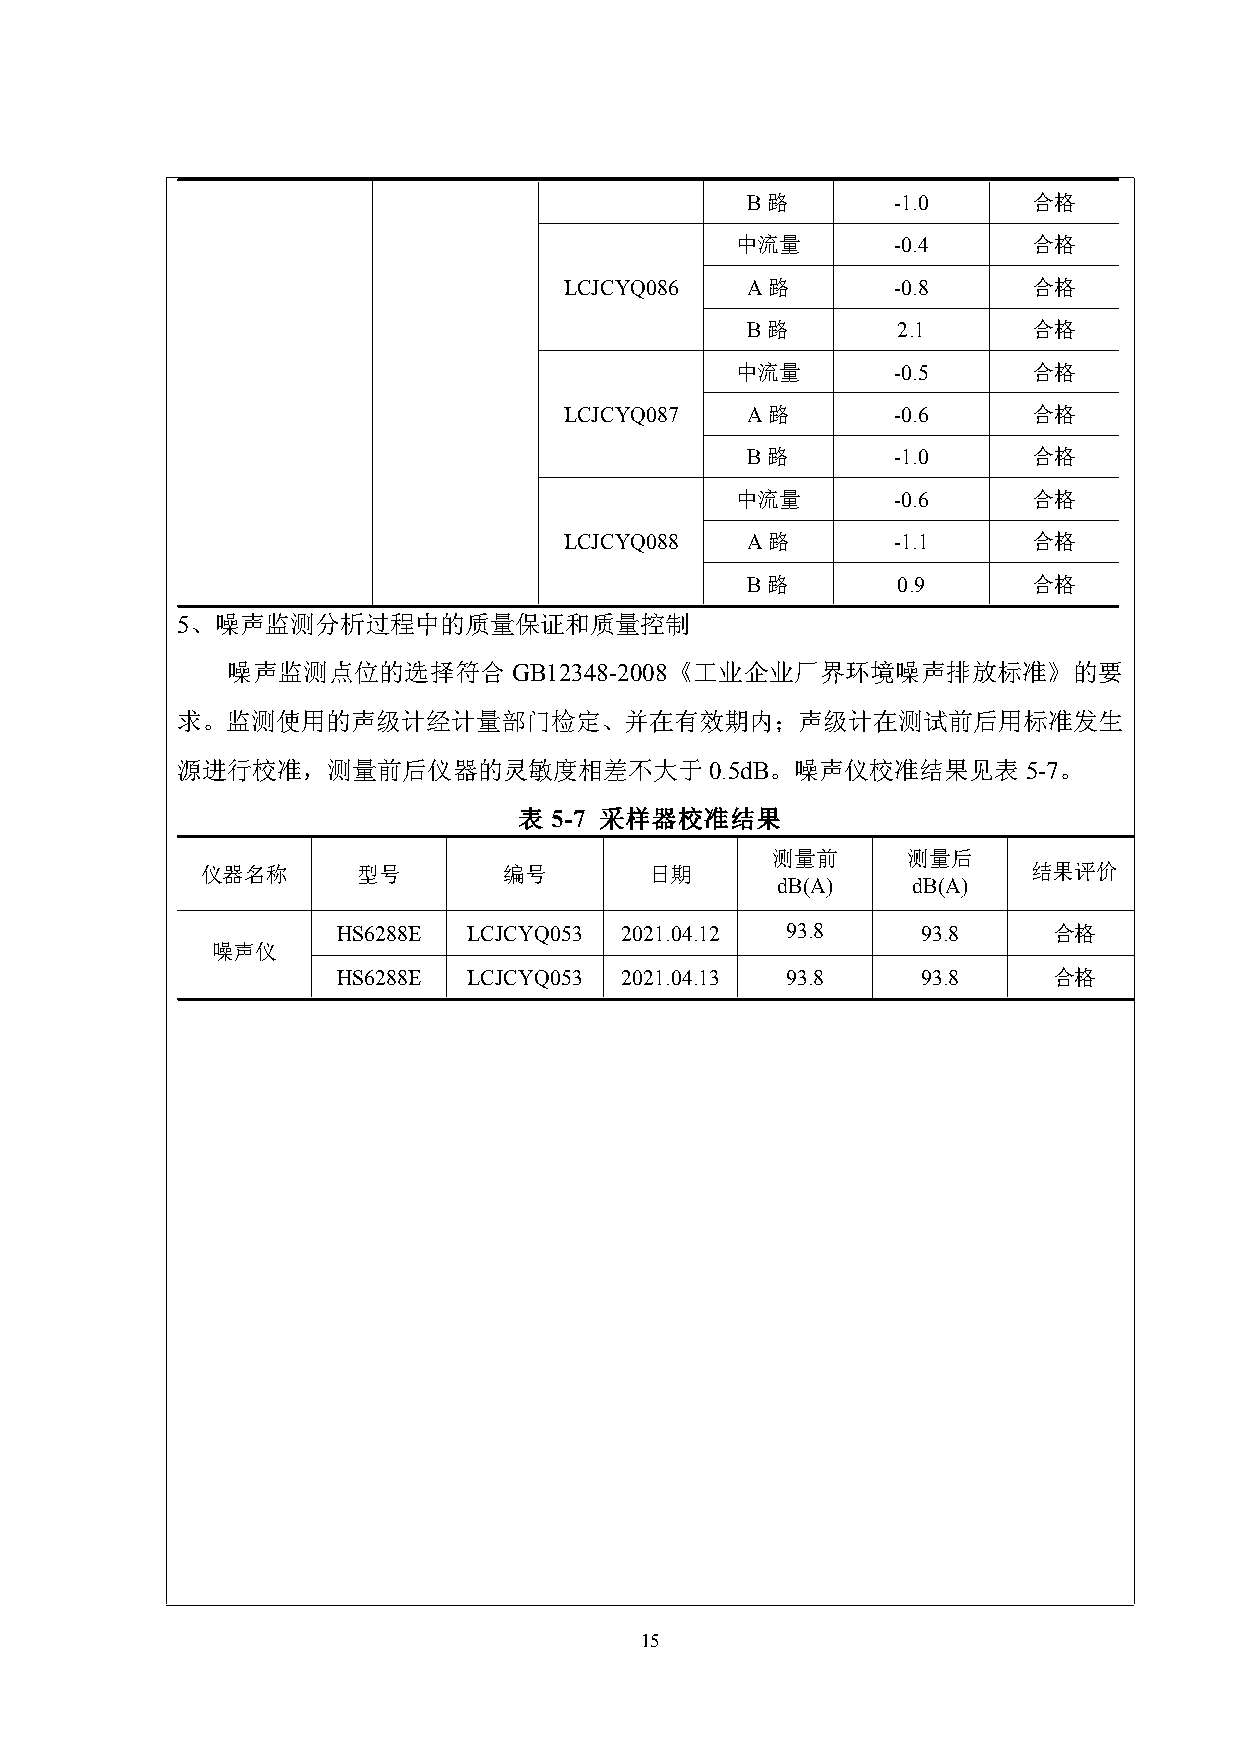
B路        -1.0     合格
 中流量       -0.4     合格
 LCJCYQ086   A路        -0.8     合格
 B路        2.1      合格
 中流量       -0.5     合格
 LCJCYQ087   A路        -0.6     合格
 B路        -1.0     合格
 中流量       -0.6     合格
 LCJCYQ088   A路        -1.1     合格
 B路        0.9      合格
 5、噪声监测分析过程中的质量保证和质量控制
 噪声监测点位的选择符合        GB12348-2008《工业企业厂界环境噪声排放标准》的要
 求。监测使用的声级计经计量部门检定、并在有效期内；声级计在测试前后用标准发生
 源进行校准，测量前后仪器的灵敏度相差不大于0.5dB。噪声仪校准结果见表5-7。
 表 5-7 采样器校准结果
 测量前      测量后
 仪器名称       型号       编号        日期                       结果评价
 dB(A)    dB(A)
 HS6288E  LCJCYQ053 2021.04.12 93.8     93.8     合格
 噪声仪
 HS6288E  LCJCYQ053 2021.04.13 93.8     93.8     合格
 15